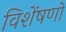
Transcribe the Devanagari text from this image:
विशेंषणों